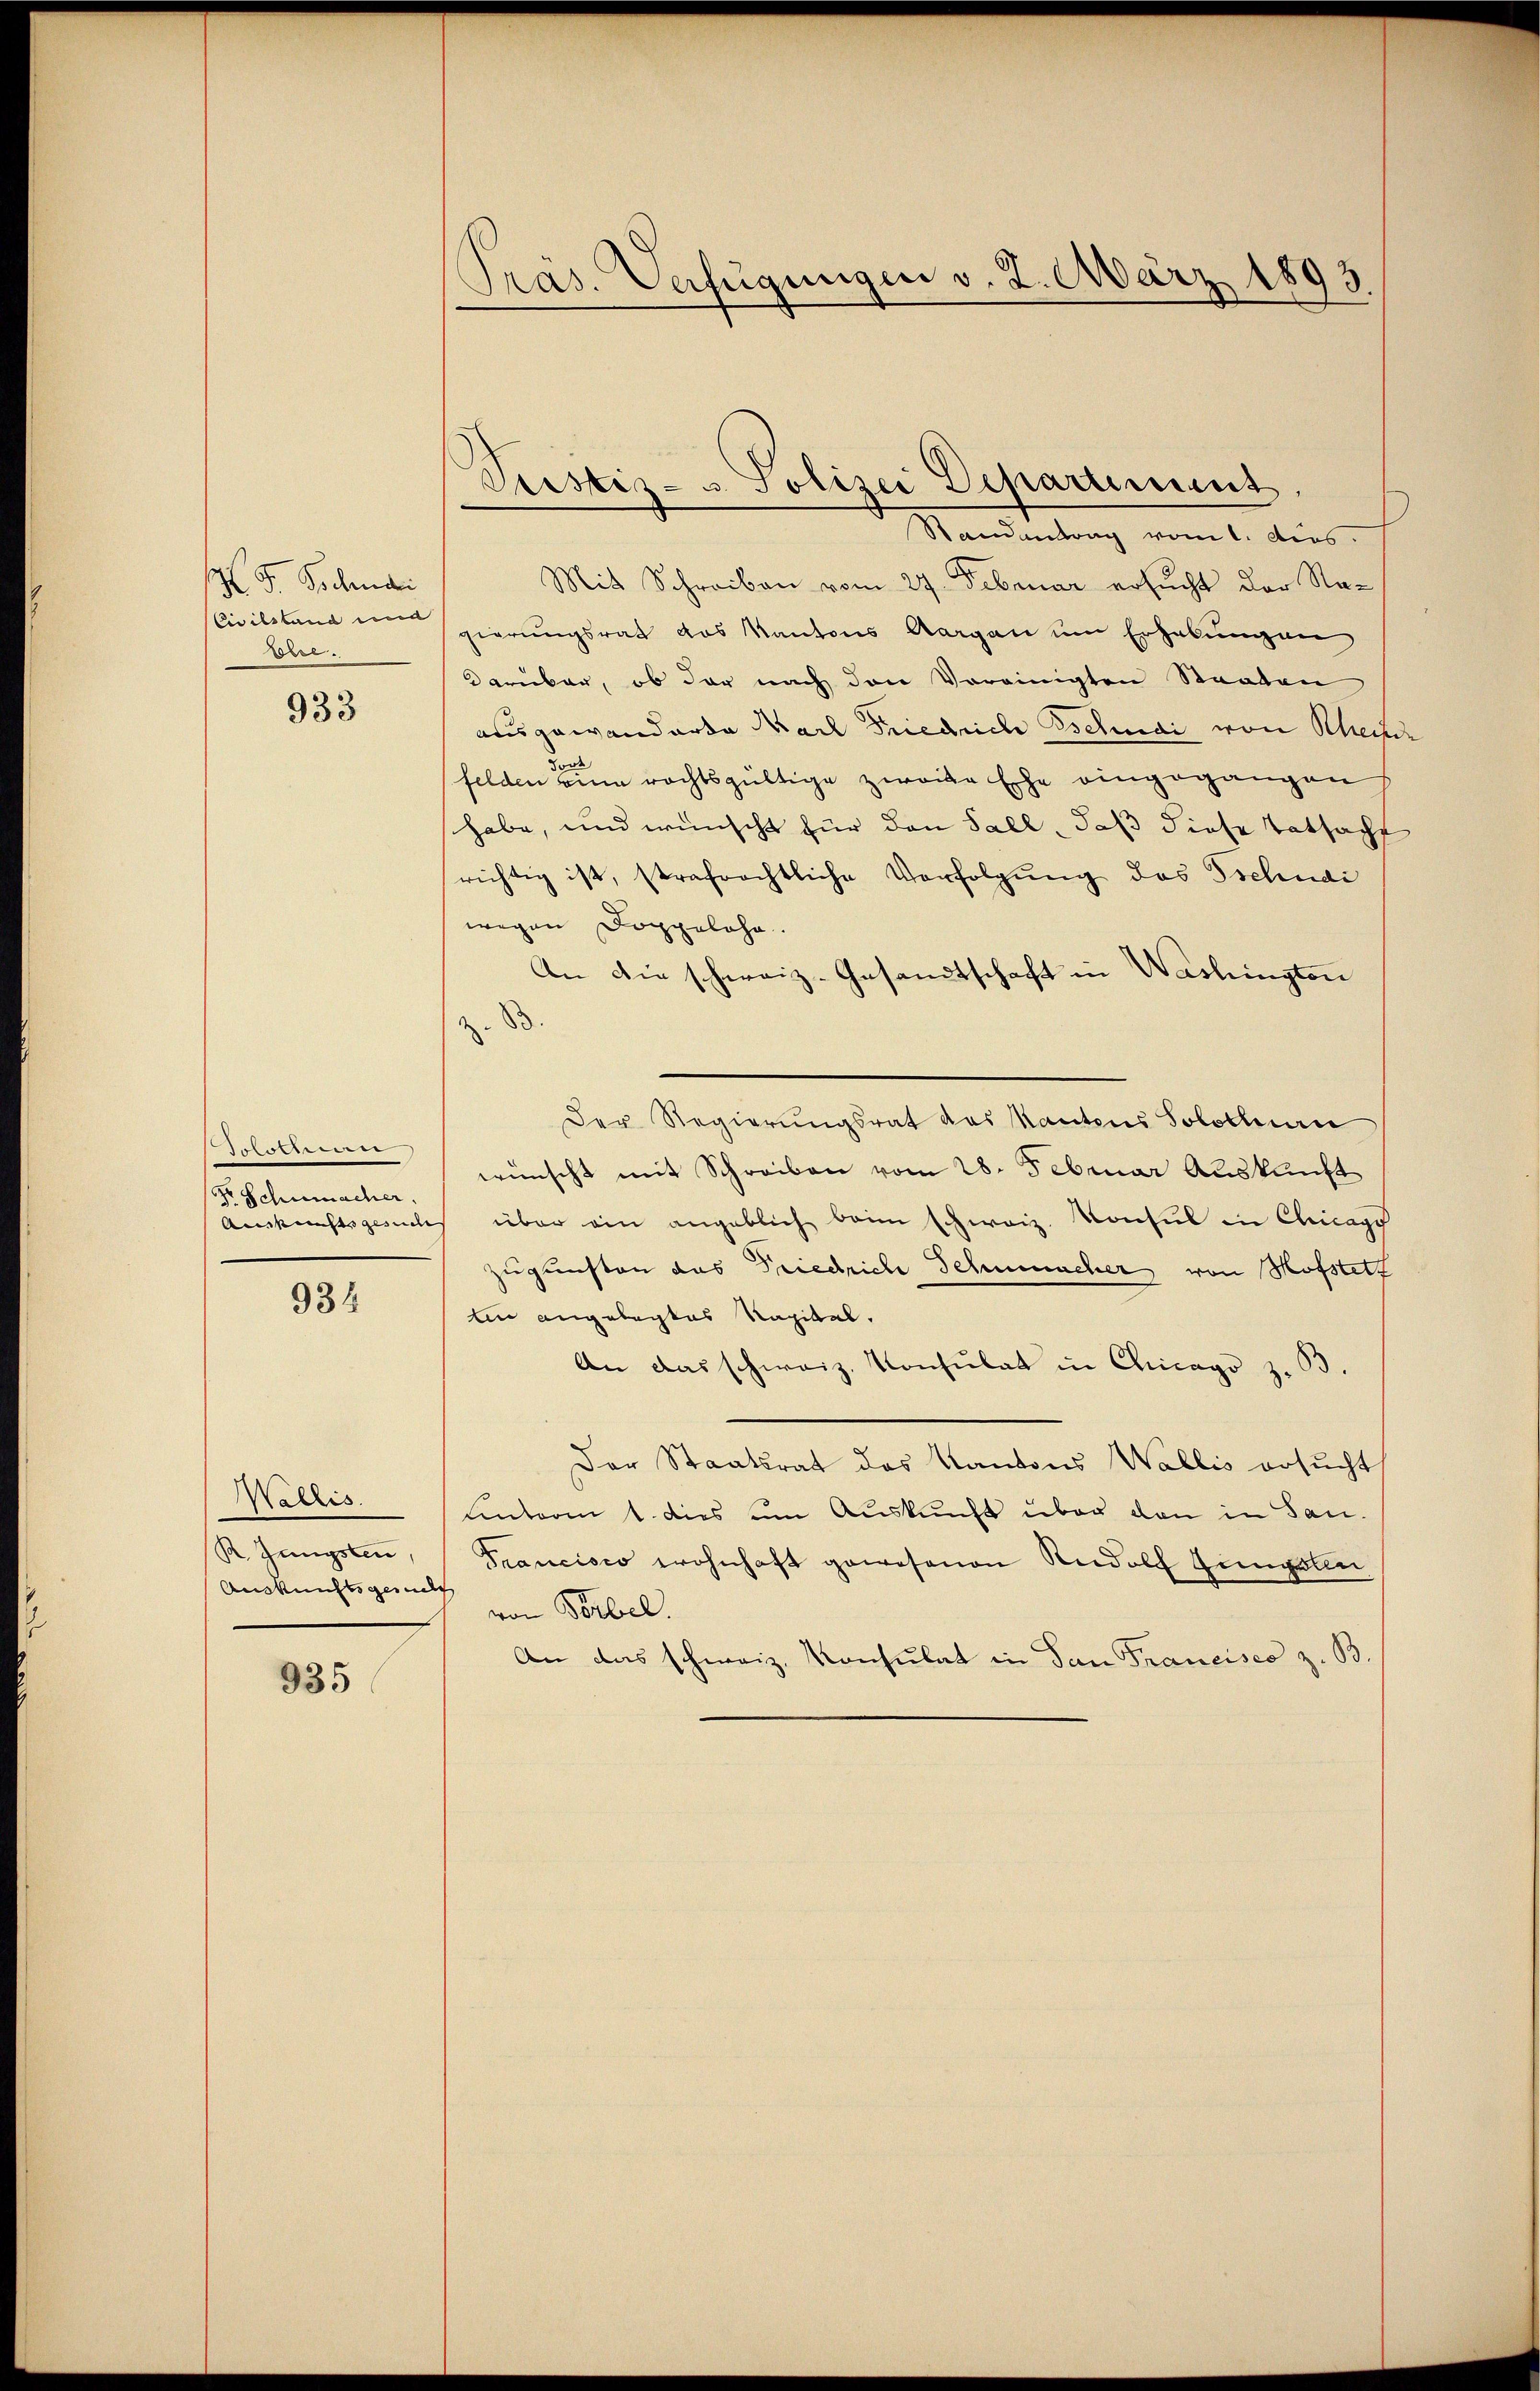
X S. Schnai
Civilstand und
Bobre.

933

1887
Dr Schumacher.
Auskunftsgesuche |

934

Wallis.
R. Jüngsten,
Auskunftsgesucht

935

Präs. Verfügungen v. 2. März 1893.

Pristiz- u Polizei Departement

Randantrag vom 1. Aus
Mit Schreiben vom 27. Februar ersucht der Nagierungsrath das Kantons Aargau um Erhebungen
darüber, ob der nach den Vereinigten Staaten
ausgewanderte Nach Friedrich schnai von Rheiner
felden zum rechtsgültige zweite Ehe eingegangen
habe, und wünscht für den Fall, daß diese Tatsacht
richtig ist, strafrechtliche Verfolgung des Tschudi
wegen Doppelohn.
An die schweiz. Gesandtschaft in Washingten
8
Der Regierungsrat des Kantons Solothurn
wünscht mit Schreiben vom 28. Februar Auskunft
über ein angeblich beim schweiz. Konsul in Chicago
zugunsten das Friedrich Schumacher von Hofstett
tin angelegtes Kapitel.
An das schweiz. Konsulat in Chicago z. B
Der Staatsrat des Kantons Wallis ersucht
unterm 1. dies um Auskunft über den in San¬
Francisco wohnhaft gewesenen Rudolf Zingolen
von Verbel.
An das schweiz. Konsulat in San Francises z. B.